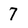
Character: 7